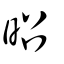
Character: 昭